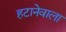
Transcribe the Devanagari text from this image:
हटानेवाला